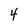
Character: 4